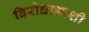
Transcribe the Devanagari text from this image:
विरोधाभाशी